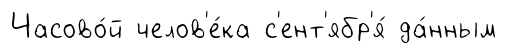
Часово́й челов'е́ка с'ент'ябр'я́ да́нным